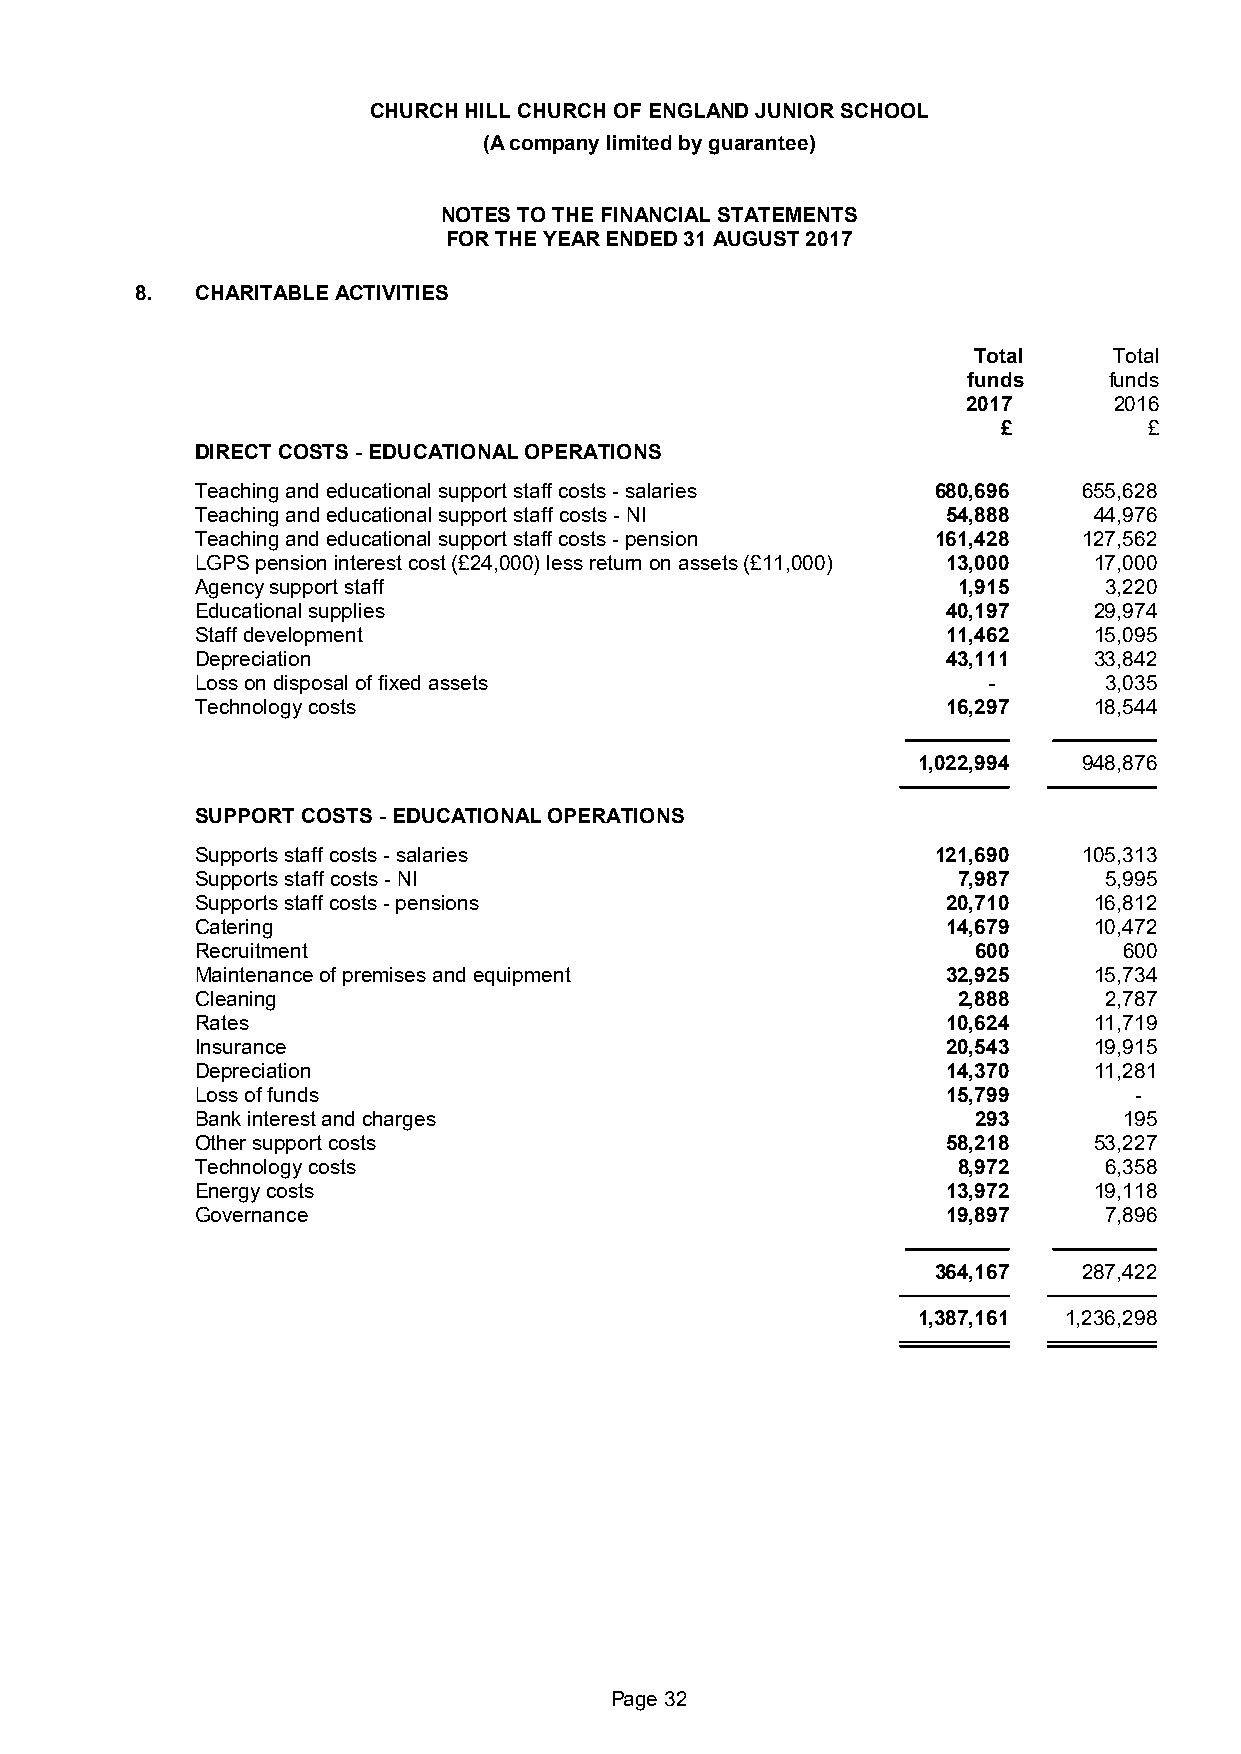
CHURCH HILL CHURCH OF ENGLAND JUNIOR SCHOOL
 (A company limited by guarantee)
 NOTES TO THE FINANCIAL STATEMENTS
 FOR THE YEAR ENDED 31 AUGUST 2017
 8.  CHARITABLE ACTIVITIES
 Total     Total
 funds    funds
 2017      2016
 £         £
 DIRECT COSTS - EDUCATIONAL OPERATIONS
 Teaching and educational support staff costs - salaries 680,696 655,628
 Teaching and educational support staff costs - NI 54,888   44,976
 Teaching and educational support staff costs - pension 161,428 127,562
 LGPS pension interest cost (£24,000) less return on assets (£11,000) 13,000 17,000
 Agency support staff                              1,915     3,220
 Educational supplies                              40,197   29,974
 Staff development                                 11,462   15,095
 Depreciation                                      43,111   33,842
 Loss on disposal of fixed assets                    -       3,035
 Technology costs                                  16,297   18,544
 1,022,994  948,876
 SUPPORT COSTS - EDUCATIONAL OPERATIONS
 Supports staff costs - salaries                  121,690   105,313
 Supports staff costs - NI                         7,987     5,995
 Supports staff costs - pensions                   20,710   16,812
 Catering                                          14,679   10,472
 Recruitment                                         600      600
 Maintenance of premises and equipment             32,925   15,734
 Cleaning                                          2,888     2,787
 Rates                                             10,624   11,719
 Insurance                                         20,543   19,915
 Depreciation                                      14,370   11,281
 Loss of funds                                     15,799      -
 Bank interest and charges                           293      195
 Other support costs                               58,218   53,227
 Technology costs                                  8,972     6,358
 Energy costs                                      13,972   19,118
 Governance                                        19,897    7,896
 364,167   287,422
 1,387,161 1,236,298
 Page 32